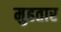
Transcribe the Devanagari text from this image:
मुहतार